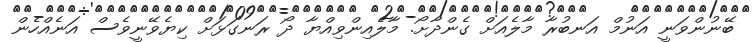
ބޭނުންވަނީ އަނުމް އަނބުރާ މާލެއަށް ގެންދާށޯ. މާލެއިންވިއްޔާ ދޯ ރަނގަޅަށް ކިޔެވޭނީވެސް އަނެއްހެން